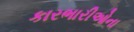
કારભારીઓના